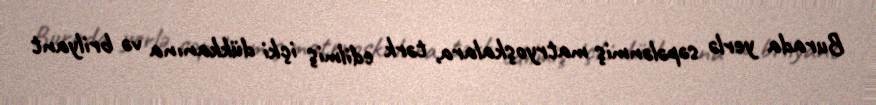
Burada yerlə səpələnmiş matryoşkalara, tərk edilmiş içki dükkanına və brilyant